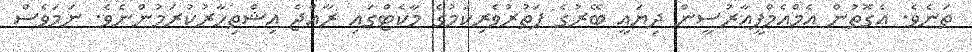
ތަނެވެ. އެގޮތުން އެމްއެމްޕީއާރުސީން ދިޔައީ ބޭރުގެ ފަތުރުވެރިކަމުގެ މާކެޓްގައި ރާއްޖެ އިޝްތިހާރުކުރަމުންނެވެ. ނަމަވެސް